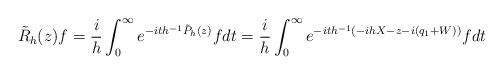
LaTeX: \begin{align*}\tilde{R}_h(z)f=\frac{i}{h}\int_0^\infty e^{-ith^{-1}\tilde{P}_h(z)}fdt=\frac{i}{h}\int_0^\infty e^{-ith^{-1}(-ihX-z-i(q_1+W))}fdt\end{align*}